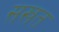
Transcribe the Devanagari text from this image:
सखत